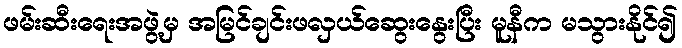
ဖမ်းဆီးရေးအဖွဲ့မှ အမြင်ချင်းဖလှယ်ဆွေးနွေးပြီး မူနီက မသွားနိုင်၍